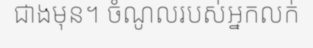
ជាងមុន។ ចំណូលរបស់អ្នកលក់